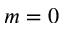
m = 0